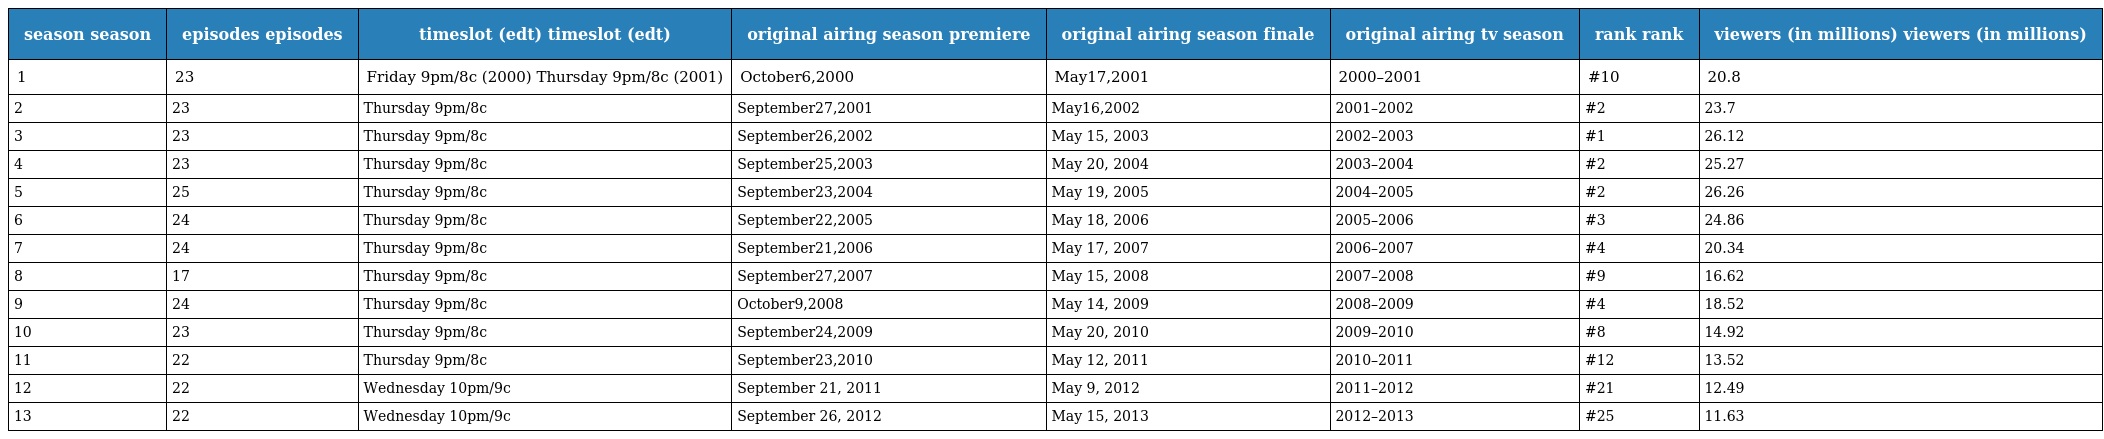
| season season | episodes episodes | timeslot (edt) timeslot (edt) | original airing season premiere | original airing season finale | original airing tv season | rank rank | viewers (in millions) viewers (in millions) |
 | --- | --- | --- | --- | --- | --- | --- | --- |
 | 1 | 23 | Friday 9pm/8c (2000) Thursday 9pm/8c (2001) | October6,2000 | May17,2001 | 2000–2001 | #10 | 20.8 |
 | 2 | 23 | Thursday 9pm/8c | September27,2001 | May16,2002 | 2001–2002 | #2 | 23.7 |
 | 3 | 23 | Thursday 9pm/8c | September26,2002 | May 15, 2003 | 2002–2003 | #1 | 26.12 |
 | 4 | 23 | Thursday 9pm/8c | September25,2003 | May 20, 2004 | 2003–2004 | #2 | 25.27 |
 | 5 | 25 | Thursday 9pm/8c | September23,2004 | May 19, 2005 | 2004–2005 | #2 | 26.26 |
 | 6 | 24 | Thursday 9pm/8c | September22,2005 | May 18, 2006 | 2005–2006 | #3 | 24.86 |
 | 7 | 24 | Thursday 9pm/8c | September21,2006 | May 17, 2007 | 2006–2007 | #4 | 20.34 |
 | 8 | 17 | Thursday 9pm/8c | September27,2007 | May 15, 2008 | 2007–2008 | #9 | 16.62 |
 | 9 | 24 | Thursday 9pm/8c | October9,2008 | May 14, 2009 | 2008–2009 | #4 | 18.52 |
 | 10 | 23 | Thursday 9pm/8c | September24,2009 | May 20, 2010 | 2009–2010 | #8 | 14.92 |
 | 11 | 22 | Thursday 9pm/8c | September23,2010 | May 12, 2011 | 2010–2011 | #12 | 13.52 |
 | 12 | 22 | Wednesday 10pm/9c | September 21, 2011 | May 9, 2012 | 2011–2012 | #21 | 12.49 |
 | 13 | 22 | Wednesday 10pm/9c | September 26, 2012 | May 15, 2013 | 2012–2013 | #25 | 11.63 |